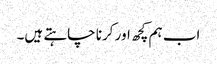
اب ہم کچھ اور کرنا چاہتے ہیں۔